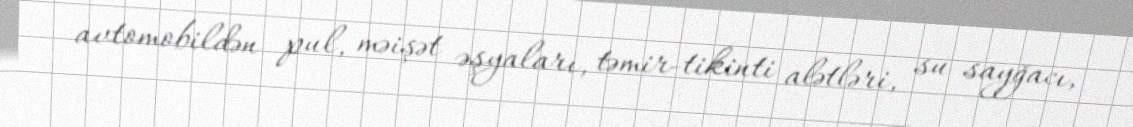
avtomobildən pul, məişət əşyaları, təmir-tikinti alətləri, su sayğacı,